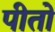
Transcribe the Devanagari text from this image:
पीतो